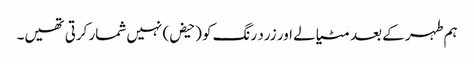
ہم طہر کے بعد مٹیالے اور زرد رنگ کو (حیض) نہیں شمار کرتی تھیں۔